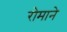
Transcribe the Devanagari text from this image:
रोमाने